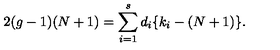
2 ( g - 1 ) ( N + 1 ) = \sum _ { i = 1 } ^ { s } d _ { i } \{ k _ { i } - ( N + 1 ) \} .